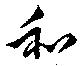
和